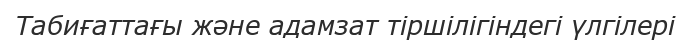
Табиғаттағы және адамзат тіршілігіндегі үлгілері